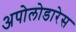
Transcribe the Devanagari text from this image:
अपोलोडारेस